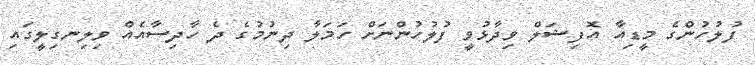
ފުލުހުންގެ މީޑިއާ އޮފިޝަލް ވިދާޅުވީ ފުލުހުންނަށް ހަމަލާ ދިނުމުގެ ދެ ހާދިސާއެއް ވިލިނގިލީގައި